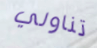
تناولي